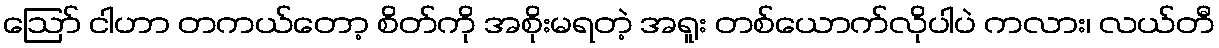
ဪ ငါဟာ တကယ်တော့ စိတ်ကို အစိုးမရတဲ့ အရူး တစ်ယောက်လိုပါပဲ ကလား၊ လယ်တီ